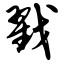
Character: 戮